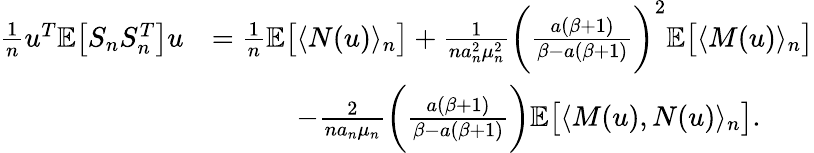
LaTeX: \begin{array}{rl}{\frac{1}{n}u^{T}\mathbb{E}\big[S_{n}S_{n}^{T}\big]u}&{=\frac{1}{n}\mathbb{E}\big[\langle N(u)\rangle_{n}\big]+\frac{1}{na_{n}^{2}\mu_{n}^{2}}\bigg(\frac{a(\beta+1)}{\beta-a(\beta+1)}\bigg)^{2}\mathbb{E}\big[\langle M(u)\rangle_{n}\big]}\\ &{\quad\quad\quad-\frac{2}{na_{n}\mu_{n}}\bigg(\frac{a(\beta+1)}{\beta-a(\beta+1)}\bigg)\mathbb{E}\big[\langle M(u),N(u)\rangle_{n}\big].}\end{array}